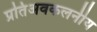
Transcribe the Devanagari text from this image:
प्रतिअवकलनीय